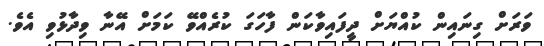
ވަރަށް ގިނައިން ކުއްޔަށް ދީފައިވާކަން ފާހަގަ ކުރެއްވޭ ކަމަށް އޭނާ ވިދާޅުވި އެވެ.